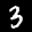
Label: 3